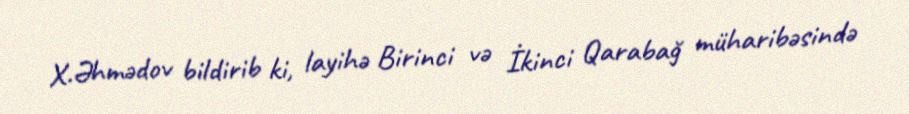
X.Əhmədov bildirib ki, layihə Birinci və İkinci Qarabağ müharibəsində